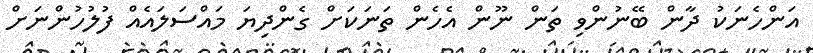
އަންހެނަކު ދާން ބޭނުންވި ތަން ނޫން އެހެން ތަނަކަށް ގެންދިޔަ މައްސަލައެއް ފުލުހުންނަށް